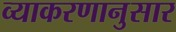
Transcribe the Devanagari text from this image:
व्याकरणानुसार